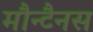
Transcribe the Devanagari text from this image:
मौन्टैनस